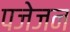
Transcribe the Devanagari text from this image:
पजेजन